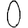
Digit: 0